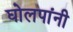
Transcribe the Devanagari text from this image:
घोलपांनी